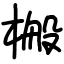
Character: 㮽